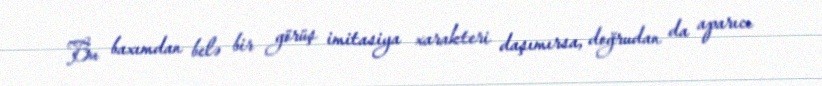
Bu baxımdan belə bir görüş imitasiya xarakteri daşımırsa, doğrudan da aparıcı